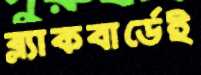
ব্ল্যাকবার্ডেই